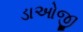
ડાઓજી